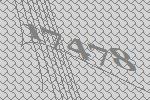
17478